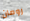
رومان